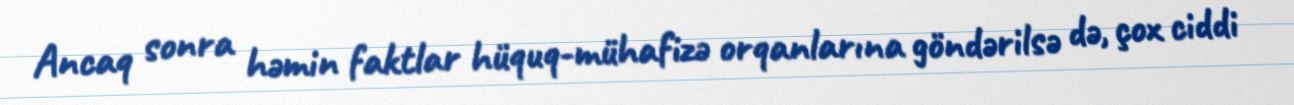
Ancaq sonra həmin faktlar hüquq-mühafizə orqanlarına göndərilsə də, çox ciddi